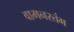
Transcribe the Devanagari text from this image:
वामनस्तंभ